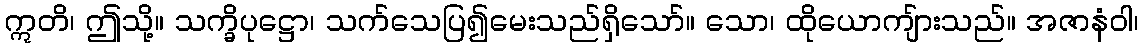
ဣတိ၊ ဤသို့။ သက္ခိပုဋ္ဌော၊ သက်သေပြ၍မေးသည်ရှိသော်။ သော၊ ထိုယောကျ်ားသည်။ အဇာနံဝါ၊